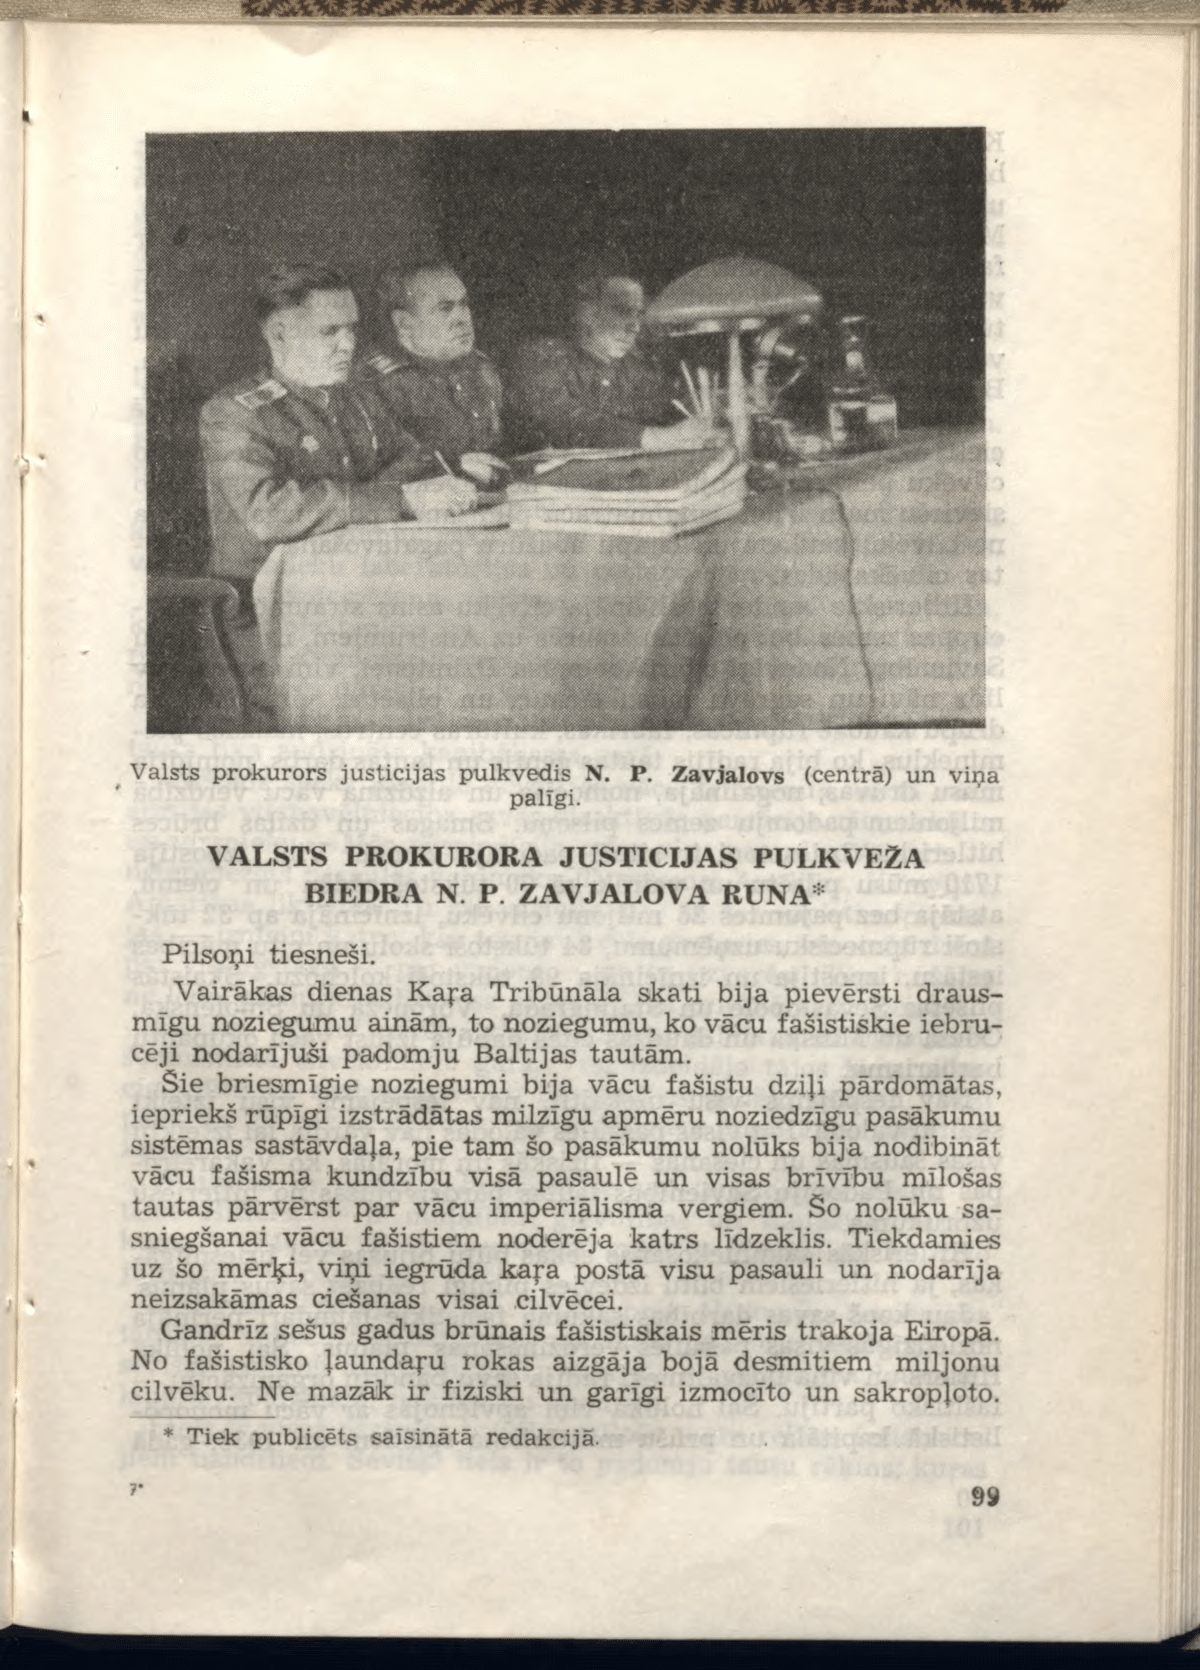
Language: lv